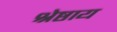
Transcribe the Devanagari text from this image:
श्रेष्ठाय